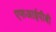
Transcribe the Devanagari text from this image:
एफआईपीबी